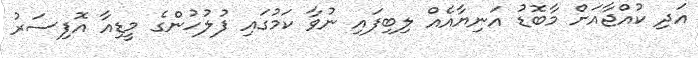
އަދި ކުއްޖާއަށް މާބޮޑު އަނިޔާއެއް ލިބިފައި ނުވާ ކަމުގައި ފުލުހުންގެ މީޑިއާ އޮފިސަރު